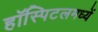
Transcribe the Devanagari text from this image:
हॉस्पिटलमध्यें